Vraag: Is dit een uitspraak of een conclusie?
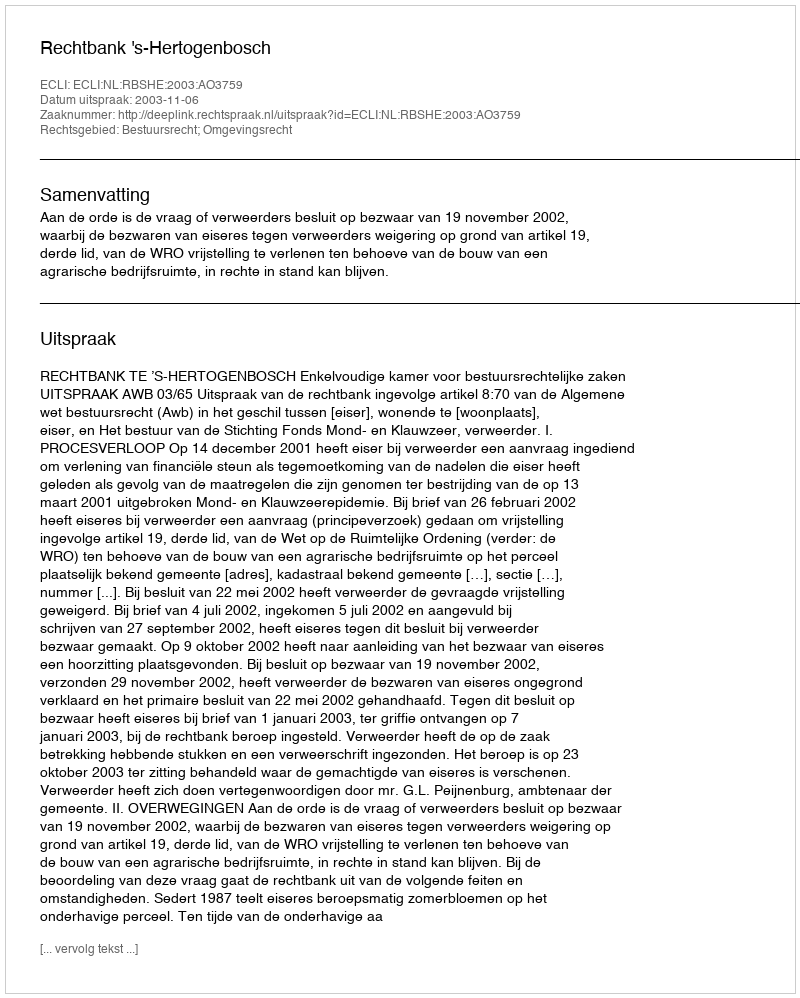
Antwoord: Uitspraak